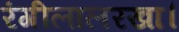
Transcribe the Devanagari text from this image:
रंगीलालरखा।